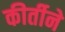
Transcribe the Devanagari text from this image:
कीर्तीने